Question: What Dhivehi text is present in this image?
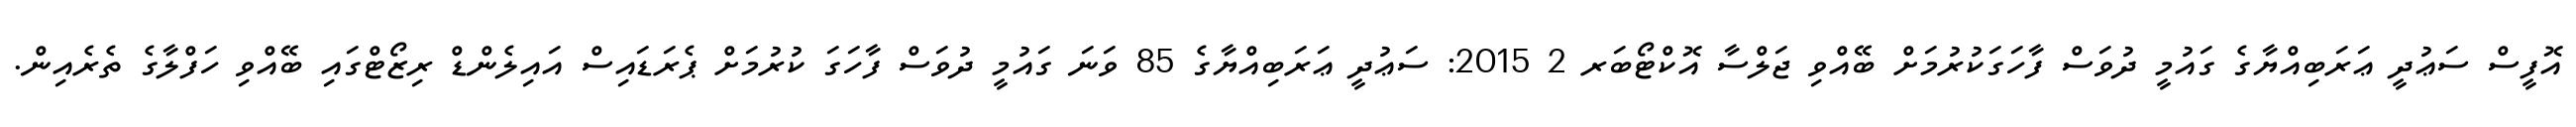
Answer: އޮފީސް ސަޢުދީ ޢަރަބިއްޔާގެ ގައުމީ ދުވަސް ފާހަގަކުރުމަށް ބޭއްވި ޖަލްސާ އޮކްޓޯބަރ 2 2015: ސަޢުދީ ޢަރަބިއްޔާގެ 85 ވަނަ ގައުމީ ދުވަސް ފާހަގަ ކުރުމަށް ޕެރަޑައިސް އައިލެންޑް ރިޒޯޓްގައި ބޭއްވި ހަފްލާގެ ތެރެއިން.